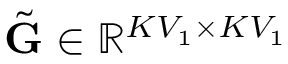
\tilde { \mathbf { G } } \in \mathbb { R } ^ { K V _ { 1 } \times K V _ { 1 } }